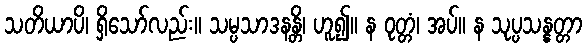
သတိယာပိ၊ ရှိသော်လည်း။ သမ္ပသာဒနန္တိ၊ ဟူ၍။ န ဝုတ္တံ၊ အပ်။ န သုပ္ပသန္နတ္တာ